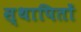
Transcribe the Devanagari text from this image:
स्थापितों